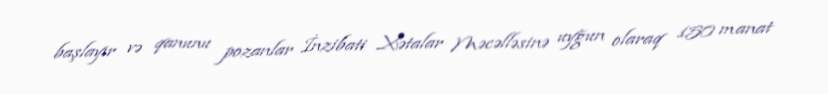
başlayır və qanunu pozanlar İnzibati Xətalar Məcəlləsinə uyğun olaraq 150 manat